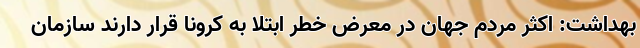
بهداشت: اکثر مردم جهان در معرض خطر ابتلا به کرونا قرار دارند سازمان